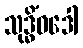
သုဒ္ဓိံဝဒေါ